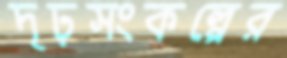
দৃঢ়সংকল্পের